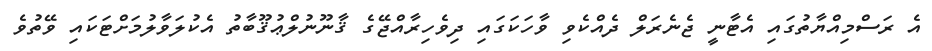
އެ ރަސްމިއްޔާތުގައި އެޓާނީ ޖެނެރަލް ދެއްކެވި ވާހަކަގައި ދިވެހިރާއްޖޭގެ ޤާނޫނުލްޢުޤޫބާތު އެކުލަވާލުމަށްޓަކައި ވޭތުވެ